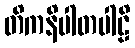
တိကနိပါတပါဠိ